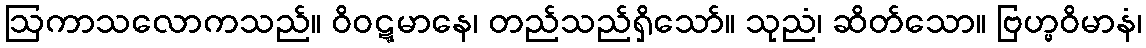
ဩကာသလောကသည်။ ဝိဝဋ္ဋမာနေ၊ တည်သည်ရှိသော်။ သုညံ၊ ဆိတ်သော။ ဗြဟ္မဝိမာနံ၊